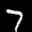
Label: 7